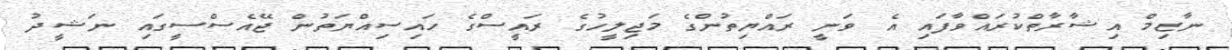
ނާޒިމް އިޝާރާތްކުރައްވާފައި އެ ވަނީ ރައްޔިތުންގެ މަޖިލީހުގެ ރައީސްގެ ހައިސިއްޔަތުން ޖޭއެސްސީގައި ނަޝީދު